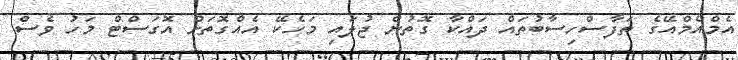
އެމްއެމްއޭގެ ތަފާސްހިސާބުތައް ދައްކާ ގޮތުން ޖުލައި މަހެކޭ އެއްގޮތަށް އޮގަސްޓް މަހު ވެސް